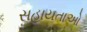
સહાયતાઓ